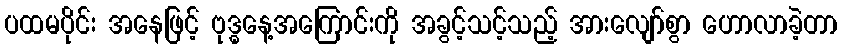
ပထမပိုင်း အနေဖြင့် ဗုဒ္ဓနေ့အကြောင်းကို အခွင့်သင့်သည့် အားလျော်စွာ ဟောလာခဲ့တာ